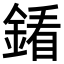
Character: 𨩢